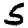
Digit: 5